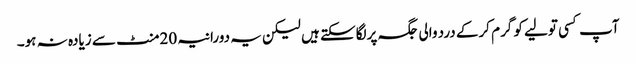
آپ کسی تولیے کو گرم کرکے درد والی جگہ پرلگاسکتے ہیں لیکن یہ دورانیہ 20منٹ سے زیادہ نہ ہو۔